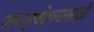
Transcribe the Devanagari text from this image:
जनप्रबोधनासाठी